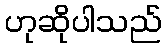
ဟုဆိုပါသည်